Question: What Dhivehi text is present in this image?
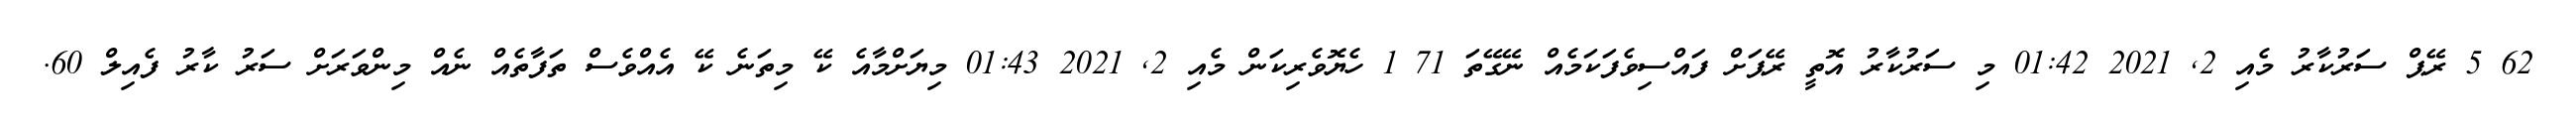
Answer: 62 5 ރޭޕް ސަރުކާރު މެއި 2, 2021 01:42 މި ސަރުކާރު އޮތީ ރޭޕަށް ފައްސިވެފަކަމެއް ނޭގޭތަ 71 1 ހެޔޮވެރިކަން މެއި 2, 2021 01:43 މިޔަށްމާއެ ކޭ މިތަނެ ކޭ އެއްވެސް ތަފާތެއް ނެއް މިންވަރަށް ސަރު ކާރު ފެއިލް 60.